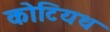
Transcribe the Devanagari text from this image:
कोटियथ